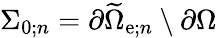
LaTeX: \Sigma_{0;n}=\partial\widetilde{\Omega}_{\mathrm{e};n}\setminus\partial\Omega